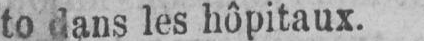
to dans les hôpitaux.